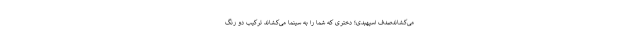
می‌کشاندصدف اسپهبدی؛ دختری که شما را به سینما می‌کشاند ترکیب دو رنگ